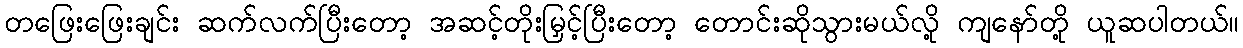
တဖြေးဖြေးချင်း ဆက်လက်ပြီးတော့ အဆင့်တိုးမြှင့်ပြီးတော့ တောင်းဆိုသွားမယ်လို့ ကျနော်တို့ ယူဆပါတယ်။